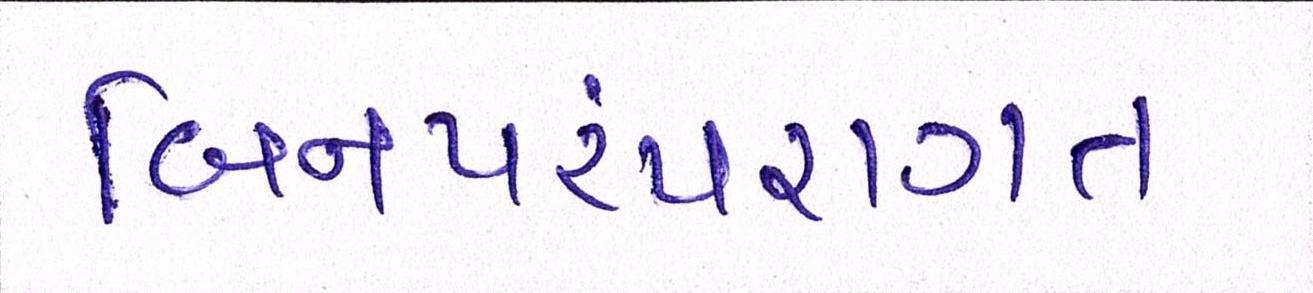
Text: બિનપરંપરાગત